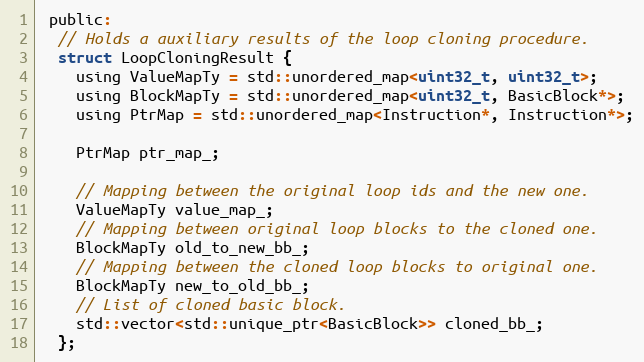
Language: C
 public:
  // Holds a auxiliary results of the loop cloning procedure.
  struct LoopCloningResult {
    using ValueMapTy = std::unordered_map<uint32_t, uint32_t>;
    using BlockMapTy = std::unordered_map<uint32_t, BasicBlock*>;
    using PtrMap = std::unordered_map<Instruction*, Instruction*>;

    PtrMap ptr_map_;

    // Mapping between the original loop ids and the new one.
    ValueMapTy value_map_;
    // Mapping between original loop blocks to the cloned one.
    BlockMapTy old_to_new_bb_;
    // Mapping between the cloned loop blocks to original one.
    BlockMapTy new_to_old_bb_;
    // List of cloned basic block.
    std::vector<std::unique_ptr<BasicBlock>> cloned_bb_;
  };